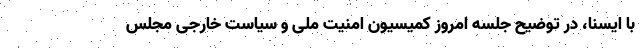
با ایسنا، در توضیح جلسه امروز کمیسیون امنیت ملی و سیاست خارجی مجلس